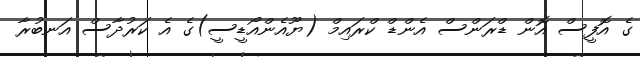
ގެ އޮފީސް އޮން ޑްރަންސް އެންޑް ކްރައިމް (ޔޫއެންއޯޑީސީ)ގެ އެ ކަރުދާސް އަނބުރާ